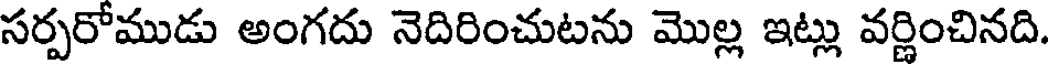
సర్పరోముడు అంగదు నెదిరించుటను మొల్ల ఇట్లు వర్ణించినది